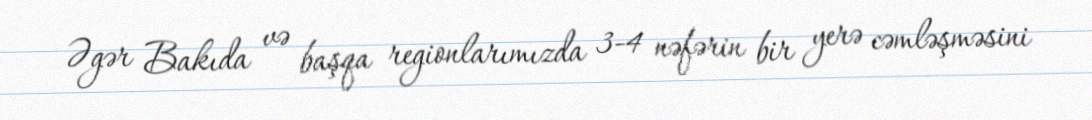
Əgər Bakıda və başqa regionlarımızda 3-4 nəfərin bir yerə cəmləşməsini